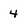
Character: 4